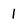
Character: 1